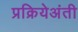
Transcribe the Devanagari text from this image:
प्रक्रियेअंती